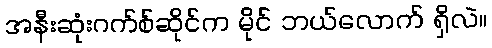
အနီးဆုံးဂက်စ်ဆိုင်က မိုင် ဘယ်လောက် ရှိလဲ။